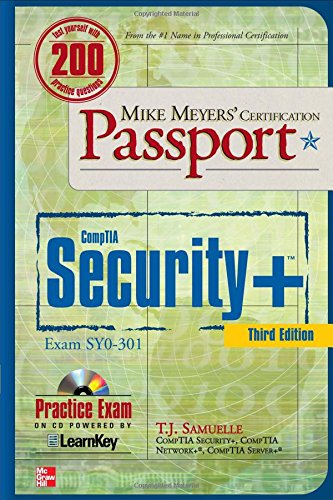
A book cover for Mike Meyers' CompTIA Security+ Certification Passport, Third Edition (Exam SY0-301) (Mike Meyers' Certficiation Passport); T. J. Samuelle; Computers & Technology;